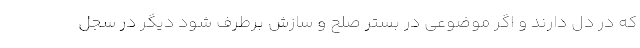
که در دل دارند و اگر موضوعی در بستر صلح و سازش برطرف شود دیگر در سجل